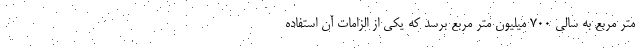
متر مربع به سالی ۷۰۰ میلیون متر مربع برسد که یکی از الزامات آن استفاده